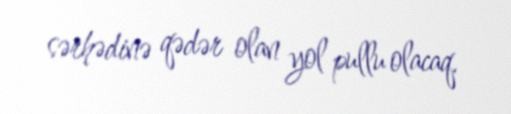
sərhədinə qədər olan yol pullu olacaq.